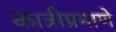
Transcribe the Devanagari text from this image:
कात्रीप्रमाणे